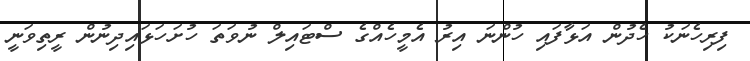
ފިރިހެނަކު ހެދުން އަޅާފައި ހުންނަ އިރު އެމީހެއްގެ ސްޓައިލް ނުވަތަ ހުށަހަޅައިދިނުން ރީތިވަނީ